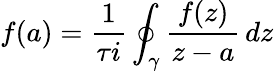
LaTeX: f(a)={\frac{1}{\tau i}}\oint_{\gamma}{\frac{f(z)}{z-a}}\, dz